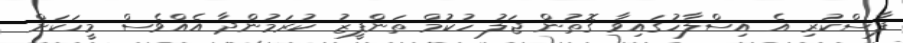
ފާސްކުރި އެ އިސްލާހުގައިވާ ގޮތުން ޖަލު ހުކުމް ތަންފީޒު ކުރަމުންދާ އެއްވެސް މީހަކަށް